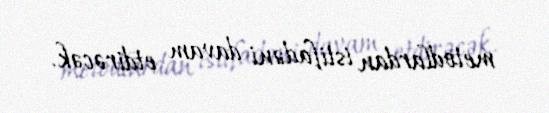
metodlardan istifadəni davam etdirəcək.